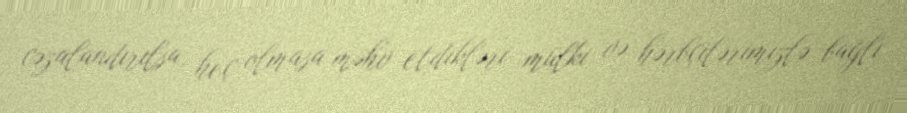
cəzalandırılsa, heç olmasa məhv etdikləri mülki və hərbçilərimizlə bağlı